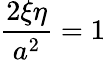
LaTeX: {\frac{2\xi\eta}{a^{2}}}=1